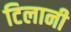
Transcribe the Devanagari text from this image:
टिलानी